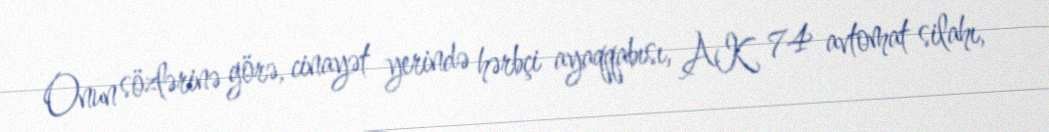
Onun sözlərinə görə, cinayət yerində hərbçi ayaqqabısı, AK 74 avtomat silahı,